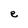
Character: e